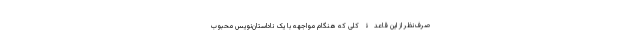
صرف‌نظر از این قاعدۀ کلی که هنگام مواجهه با یک ناداستان‌نویس محبوب